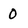
Character: O